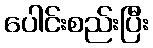
ပေါင်းစည်းပြီး